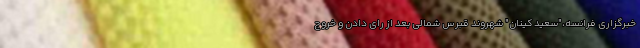
خبرگزاری فرانسه،"سعید کینان" شهروند قبرس شمالی بعد از رای دادن و خروج